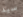
سيد